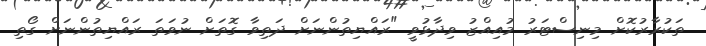
ތަކުރާރުކޮށް މިނިސްޓަރު މުއިއްޒު ވިދާޅުވީ "ރައްޔިތުންނަށް ދަތިވާ ގޮތަށް ނުވަތަ ރައްޔިތުންނަށް ގޯތި